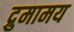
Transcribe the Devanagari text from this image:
द्रुमामय